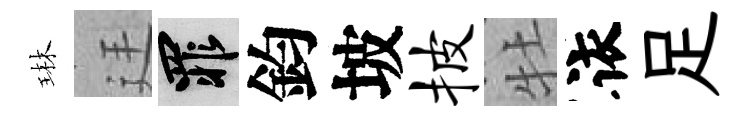
琳廷罪鈞坡披牡依足